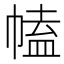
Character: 𢄍